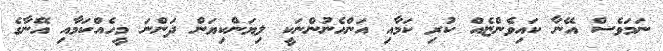
ނަމަވެސް އޭނާ ކައިވެންޏެއް ކުރި ކަމާއި އަންހެނުންނަކީ ލިޔަންކިޔަން ދަންނަ މީހެއްކަމާއި އޭނާގެ